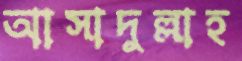
আসাদুল্লাহ